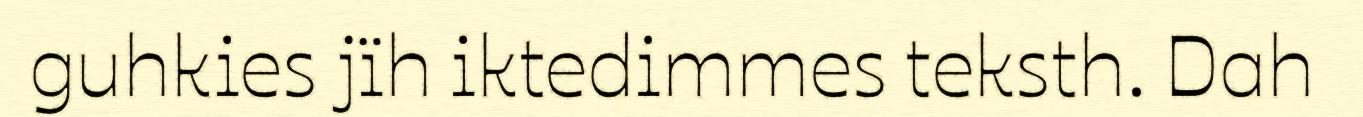
guhkies jïh iktedimmes teksth. Dah